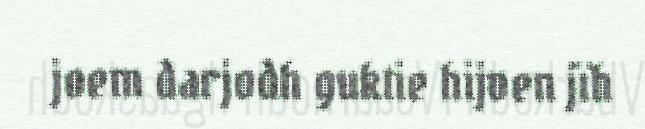
joem darjodh guktie hijven jïh